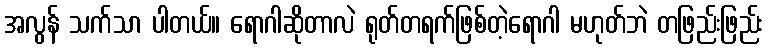
အလွန် သက်သာ ပါတယ်။ ရောဂါဆိုတာလဲ ရုတ်တရက်ဖြစ်တဲ့ရောဂါ မဟုတ်ဘဲ တဖြည်းဖြည်း